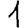
Digit: 1